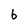
Character: b